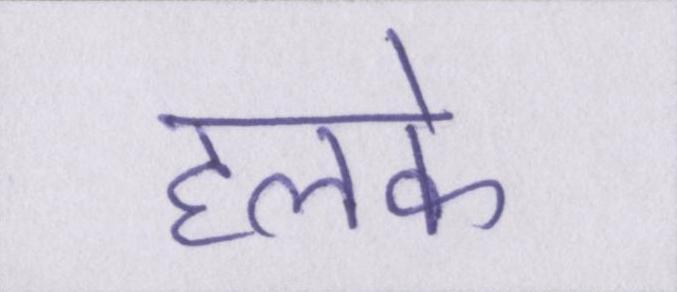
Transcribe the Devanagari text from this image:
हलके